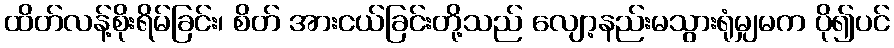
ထိတ်လန့်စိုးရိမ်ခြင်း၊ စိတ် အားငယ်ခြင်းတို့သည် လျော့နည်းမသွားရုံမျှမက ပို၍ပင်